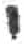
אות: י